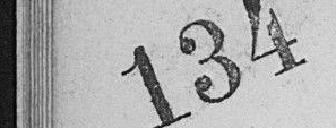
134